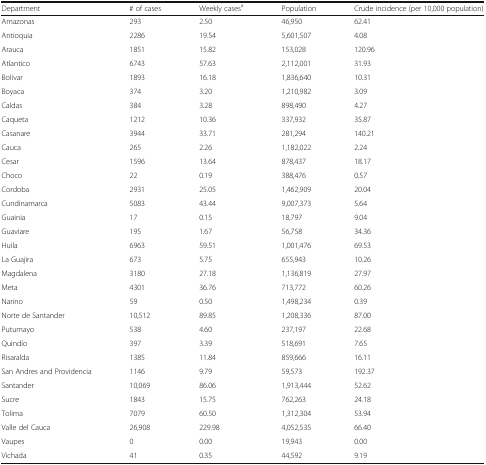
<table><thead><tr><td><b>Department</b></td><td><b># of cases</b></td><td><b>Weekly cases<sup>a</sup></b></td><td><b>Population</b></td><td><b>Crude incidence (per 10,000 population)</b></td></tr></thead><tbody><tr><td>Amazonas</td><td>293</td><td>2.50</td><td>46,950</td><td>62.41</td></tr><tr><td>Antioquia</td><td>2286</td><td>19.54</td><td>5,601,507</td><td>4.08</td></tr><tr><td>Arauca</td><td>1851</td><td>15.82</td><td>153,028</td><td>120.96</td></tr><tr><td>Atlantico</td><td>6743</td><td>57.63</td><td>2,112,001</td><td>31.93</td></tr><tr><td>Bolivar</td><td>1893</td><td>16.18</td><td>1,836,640</td><td>10.31</td></tr><tr><td>Boyaca</td><td>374</td><td>3.20</td><td>1,210,982</td><td>3.09</td></tr><tr><td>Caldas</td><td>384</td><td>3.28</td><td>898,490</td><td>4.27</td></tr><tr><td>Caqueta</td><td>1212</td><td>10.36</td><td>337,932</td><td>35.87</td></tr><tr><td>Casanare</td><td>3944</td><td>33.71</td><td>281,294</td><td>140.21</td></tr><tr><td>Cauca</td><td>265</td><td>2.26</td><td>1,182,022</td><td>2.24</td></tr><tr><td>Cesar</td><td>1596</td><td>13.64</td><td>878,437</td><td>18.17</td></tr><tr><td>Choco</td><td>22</td><td>0.19</td><td>388,476</td><td>0.57</td></tr><tr><td>Cordoba</td><td>2931</td><td>25.05</td><td>1,462,909</td><td>20.04</td></tr><tr><td>Cundinamarca</td><td>5083</td><td>43.44</td><td>9,007,373</td><td>5.64</td></tr><tr><td>Guainia</td><td>17</td><td>0.15</td><td>18,797</td><td>9.04</td></tr><tr><td>Guaviare</td><td>195</td><td>1.67</td><td>56,758</td><td>34.36</td></tr><tr><td>Huila</td><td>6963</td><td>59.51</td><td>1,001,476</td><td>69.53</td></tr><tr><td>La Guajira</td><td>673</td><td>5.75</td><td>655,943</td><td>10.26</td></tr><tr><td>Magdalena</td><td>3180</td><td>27.18</td><td>1,136,819</td><td>27.97</td></tr><tr><td>Meta</td><td>4301</td><td>36.76</td><td>713,772</td><td>60.26</td></tr><tr><td>Narino</td><td>59</td><td>0.50</td><td>1,498,234</td><td>0.39</td></tr><tr><td>Norte de Santander</td><td>10,512</td><td>89.85</td><td>1,208,336</td><td>87.00</td></tr><tr><td>Putumayo</td><td>538</td><td>4.60</td><td>237,197</td><td>22.68</td></tr><tr><td>Quindío</td><td>397</td><td>3.39</td><td>518,691</td><td>7.65</td></tr><tr><td>Risaralda</td><td>1385</td><td>11.84</td><td>859,666</td><td>16.11</td></tr><tr><td>San Andres and Providencia</td><td>1146</td><td>9.79</td><td>59,573</td><td>192.37</td></tr><tr><td>Santander</td><td>10,069</td><td>86.06</td><td>1,913,444</td><td>52.62</td></tr><tr><td>Sucre</td><td>1843</td><td>15.75</td><td>762,263</td><td>24.18</td></tr><tr><td>Tolima</td><td>7079</td><td>60.50</td><td>1,312,304</td><td>53.94</td></tr><tr><td>Valle del Cauca</td><td>26,908</td><td>229.98</td><td>4,052,535</td><td>66.40</td></tr><tr><td>Vaupes</td><td>0</td><td>0.00</td><td>19,943</td><td>0.00</td></tr><tr><td>Vichada</td><td>41</td><td>0.35</td><td>44,592</td><td>9.19</td></tr></tbody></table>